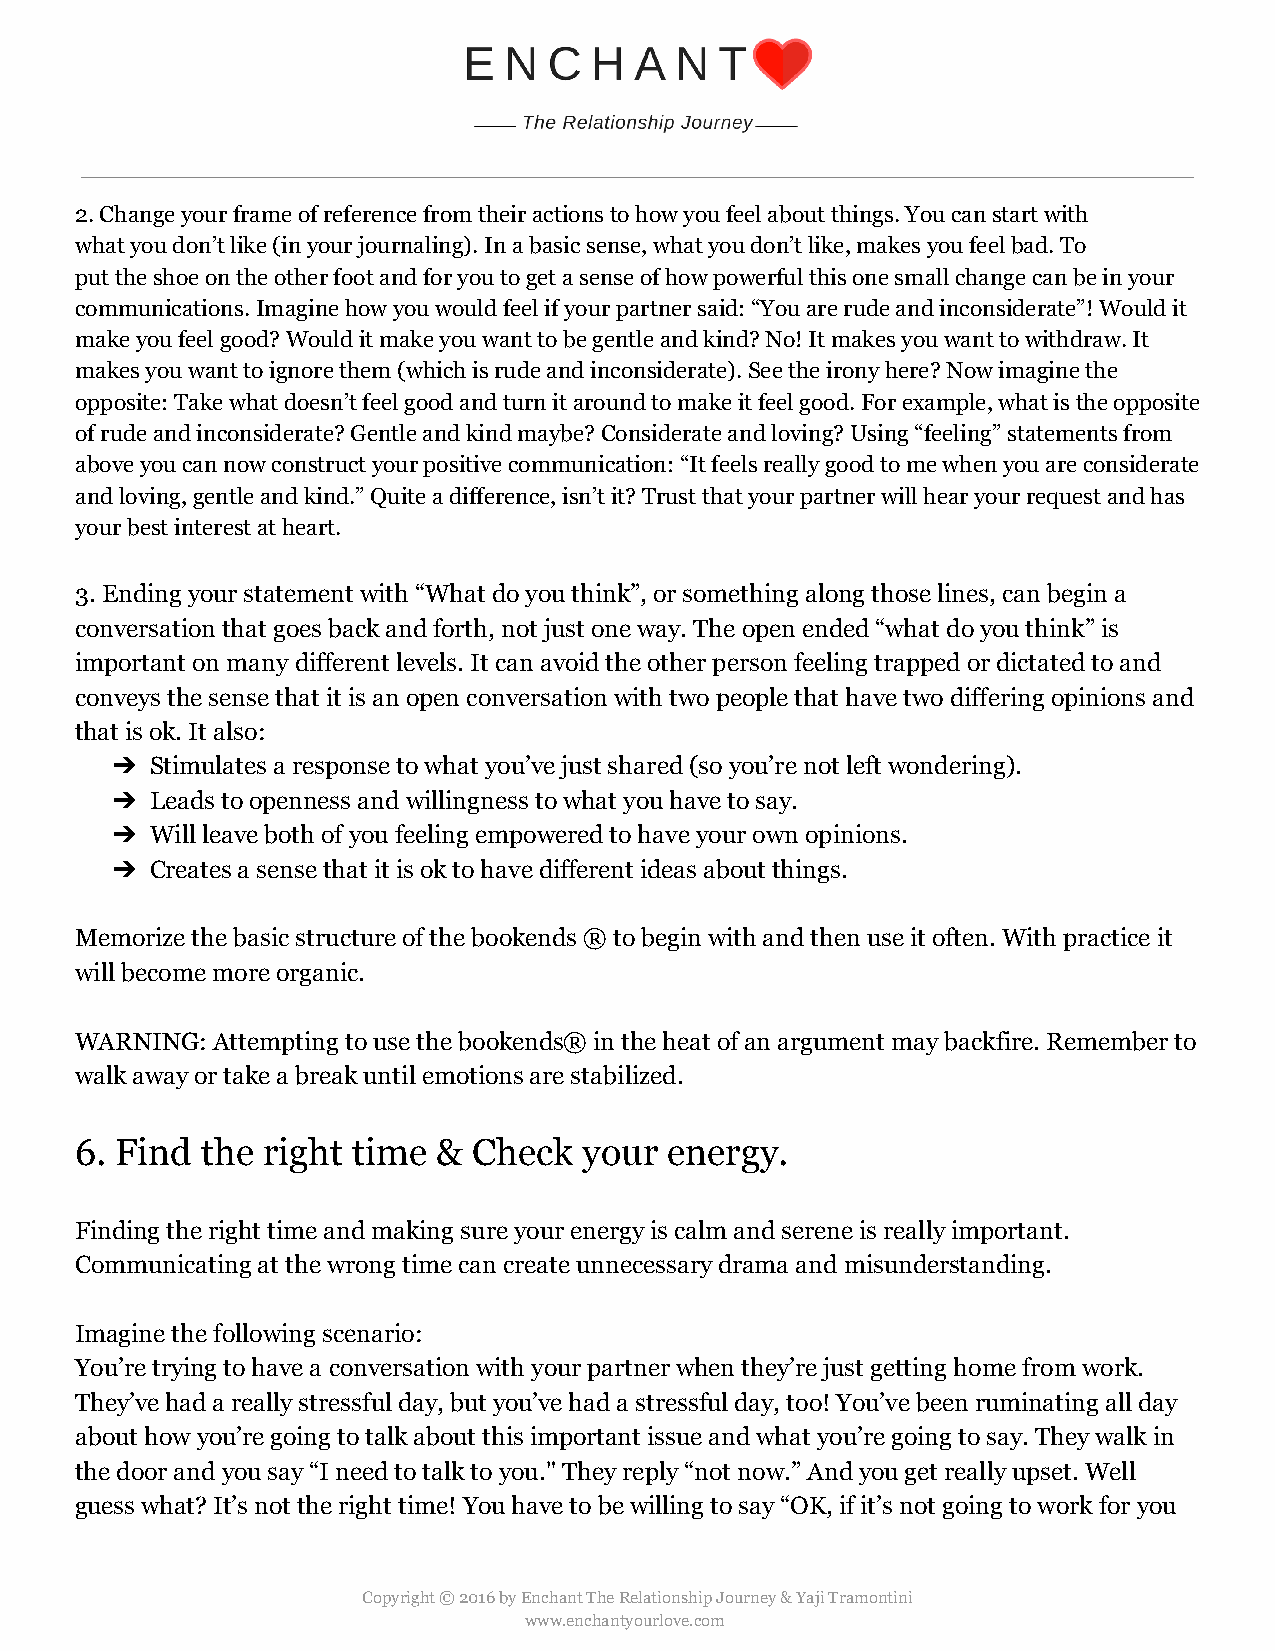
2. Change your frame of reference from their actions to how you feel about things. You can start with
 what you don’t like (in your journaling). In a basic sense, what you don’t like, makes you feel bad. To
 put the shoe on the other foot and for you to get a sense of how powerful this one small change can be in your
 communications. Imagine how you would feel if your partner said: “You are rude and inconsiderate”! Would it
 make you feel good? Would it make you want to be gentle and kind? No! It makes you want to withdraw. It
 makes you want to ignore them (which is rude and inconsiderate). See the irony here? Now imagine the
 opposite: Take what doesn’t feel good and turn it around to make it feel good. For example, what is the opposite
 of rude and inconsiderate? Gentle and kind maybe? Considerate and loving? Using “feeling” statements from
 above you can now construct your positive communication: “It feels really good to me when you are considerate
 and loving, gentle and kind.” Quite a difference, isn’t it? Trust that your partner will hear your request and has
 your best interest at heart.
 3. Ending your statement with “What do you think”, or something along those lines, can begin a
 conversation that goes back and forth, not just one way. The open ended “what do you think” is
 important on many different levels. It can avoid the other person feeling trapped or dictated to and
 conveys the sense that it is an open conversation with two people that have two differing opinions and
 that is ok. It also:
 ➔  Stimulates a response to what you’ve just shared (so you’re not left wondering).
 ➔  Leads to openness and willingness to what you have to say.
 ➔  Will leave both of you feeling empowered to have your own opinions.
 ➔  Creates a sense that it is ok to have different ideas about things.
 Memorize the basic structure of the bookends ® to begin with and then use it often. With practice it
 will become more organic.
 WARNING: Attempting to use the bookends® in the heat of an argument may backfire. Remember to
 walk away or take a break until emotions are stabilized.
 6. Find the right time  & Check   your energy.
 Finding the right time and making sure your energy is calm and serene is really important.
 Communicating at the wrong time can create unnecessary drama and misunderstanding.
 Imagine the following scenario:
 You’re trying to have a conversation with your partner when they’re just getting home from work.
 They’ve had a really stressful day, but you’ve had a stressful day, too! You’ve been ruminating all day
 about how you’re going to talk about this important issue and what you’re going to say. They walk in
 the door and you say “I need to talk to you." They reply “not now.” And you get really upset. Well
 guess what? It’s not the right time! You have to be willing to say “OK, if it’s not going to work for you
 Copyright © 2016 by Enchant The Relationship Journey & Yaji Tramontini
 www.enchantyourlove.com